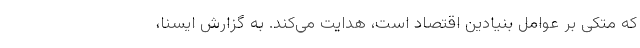
که متکی بر عوامل بنیادین اقتصاد است، هدایت می‌کند. به گزارش ایسنا،